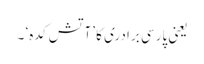
یعنی پارسی برادری کا ’آتش کدہ‘ ۔